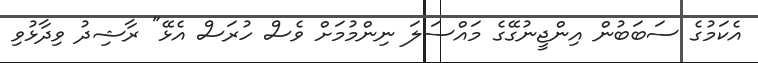
އެކަމުގެ ސަބަބުން އިންޖީނުގޭގެ މައްސަލަ ނިންމުމަށް ވެސް ހުރަސް އެޅޭ" ރާޝިދު ވިދާޅުވި